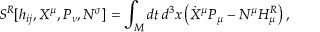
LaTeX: { } S ^ { R } [ h _ { i j } , X ^ { \mu } , P _ { \nu } , N ^ { \sigma } ] = \int _ { \cal M } d t \, d ^ { 3 } x \left( \dot { X } ^ { \mu } P _ { \mu } - N ^ { \mu } H _ { \mu } ^ { R } \right) ,